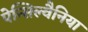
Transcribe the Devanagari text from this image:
पेन्सिल्वैनिया